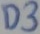
Text: D3